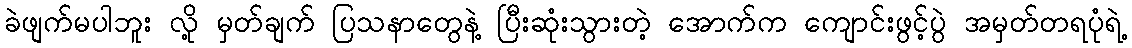
ခဲဖျက်မပါဘူး လို့ မှတ်ချက် ပြသနာတွေနဲ့ ပြီးဆုံးသွားတဲ့ အောက်က ကျောင်းဖွင့်ပွဲ အမှတ်တရပုံရဲ့